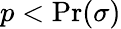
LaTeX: p<\Pr(\sigma)